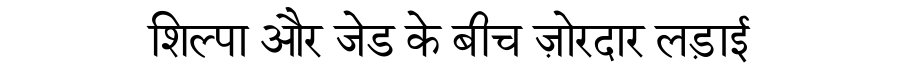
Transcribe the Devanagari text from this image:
शिल्पा और जेड के बीच ज़ोरदार लड़ाई